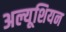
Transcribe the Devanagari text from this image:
अल्यूशियन